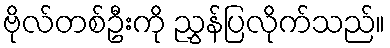
ဗိုလ်တစ်ဦးကို ညွှန်ပြလိုက်သည်။